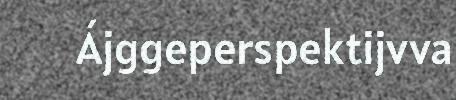
Ájggeperspektijvva